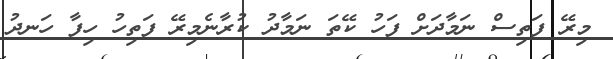
މިރޭ ފަތިސް ނަމާދަށް ފަހު ކޭތަ ނަމާދު ކުރާނެމިރޭ ފަތިހު ހިފާ ހަނދު